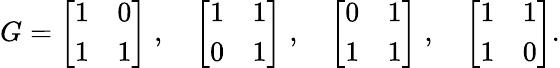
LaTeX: G=\left[\begin{array}{cc}{1}&{0}\\ {1}&{1}\end{array}\right]\; ,\quad\left[\begin{array}{cc}{1}&{1}\\ {0}&{1}\end{array}\right]\; ,\quad\left[\begin{array}{cc}{0}&{1}\\ {1}&{1}\end{array}\right]\; ,\quad\left[\begin{array}{cc}{1}&{1}\\ {1}&{0}\end{array}\right].